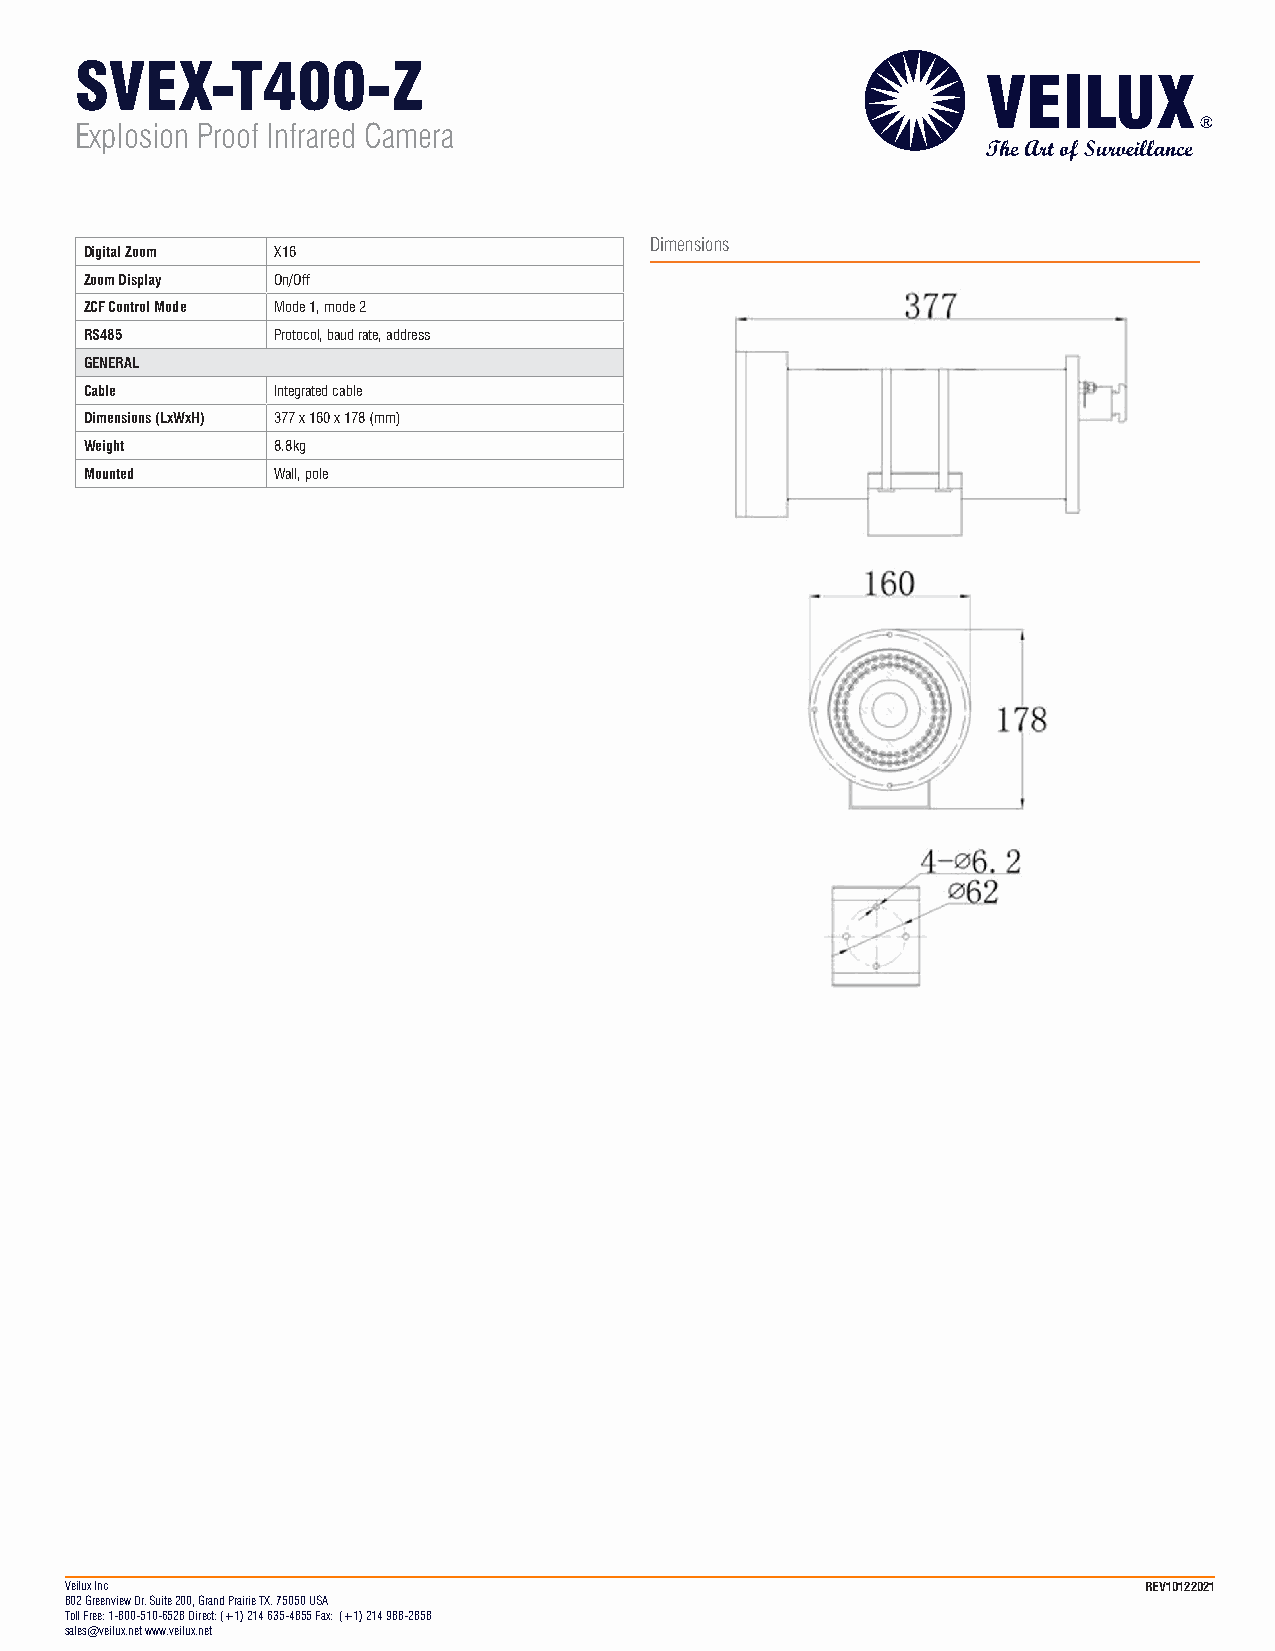
SVEX-T400-Z
 Explosion Proof Infrared Camera
 Dimensions
 Digital Zoom X16
 Zoom Display On/Off
 ZCF Control Mode Mode 1, mode 2
 RS485       Protocol, baud rate, address
 GENERAL
 Cable       Integrated cable
 Dimensions (LxWxH) 377 x 160 x 178 (mm)
 Weight      8.8kg
 Mounted     Wall, pole
 Veilux Inc                                                              REV10122021
 802 Greenview Dr. Suite 200, Grand Prairie TX. 75050 USA
 Toll Free: 1-800-510-6528 Direct: (+1) 214 635-4855 Fax: (+1) 214 988-2858
 sales@veilux.net www.veilux.net